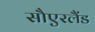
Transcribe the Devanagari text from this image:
सौएरलैंड